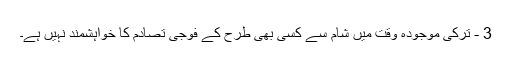
3 - ترکی موجودہ وقت میں شام سے کسی بھی طرح کے فوجی تصادم کا خواہشمند نہیں ہے۔